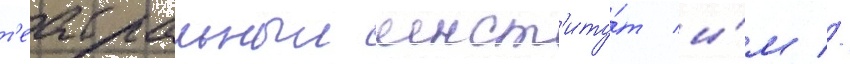
т'еатральныи инст'иту́т и́м //